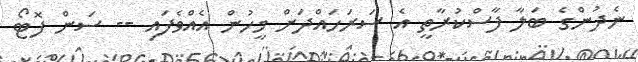
ނެދުންގެ ބަލާ ފާސްކުރާތީ އެ ސަރަހައްދަށް މީހުން އެއްވެފައި -- ސަން ފޮޓޯ